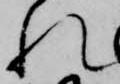
れ